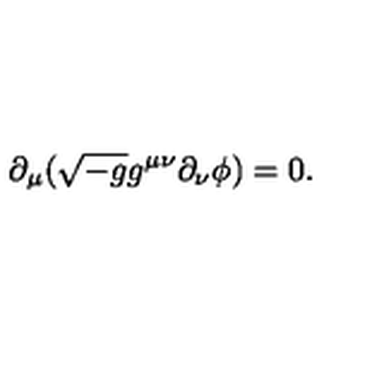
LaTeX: \partial _ { \mu } ( \sqrt { - g } g ^ { \mu \nu } \partial _ { \nu } \phi ) = 0 .